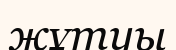
жұтуы